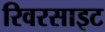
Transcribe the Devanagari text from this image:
रिवरसाइट